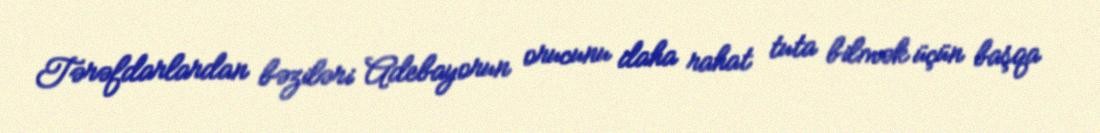
Tərəfdarlardan bəziləri Adebayorun orucunu daha rahat tuta bilmək üçün başqa